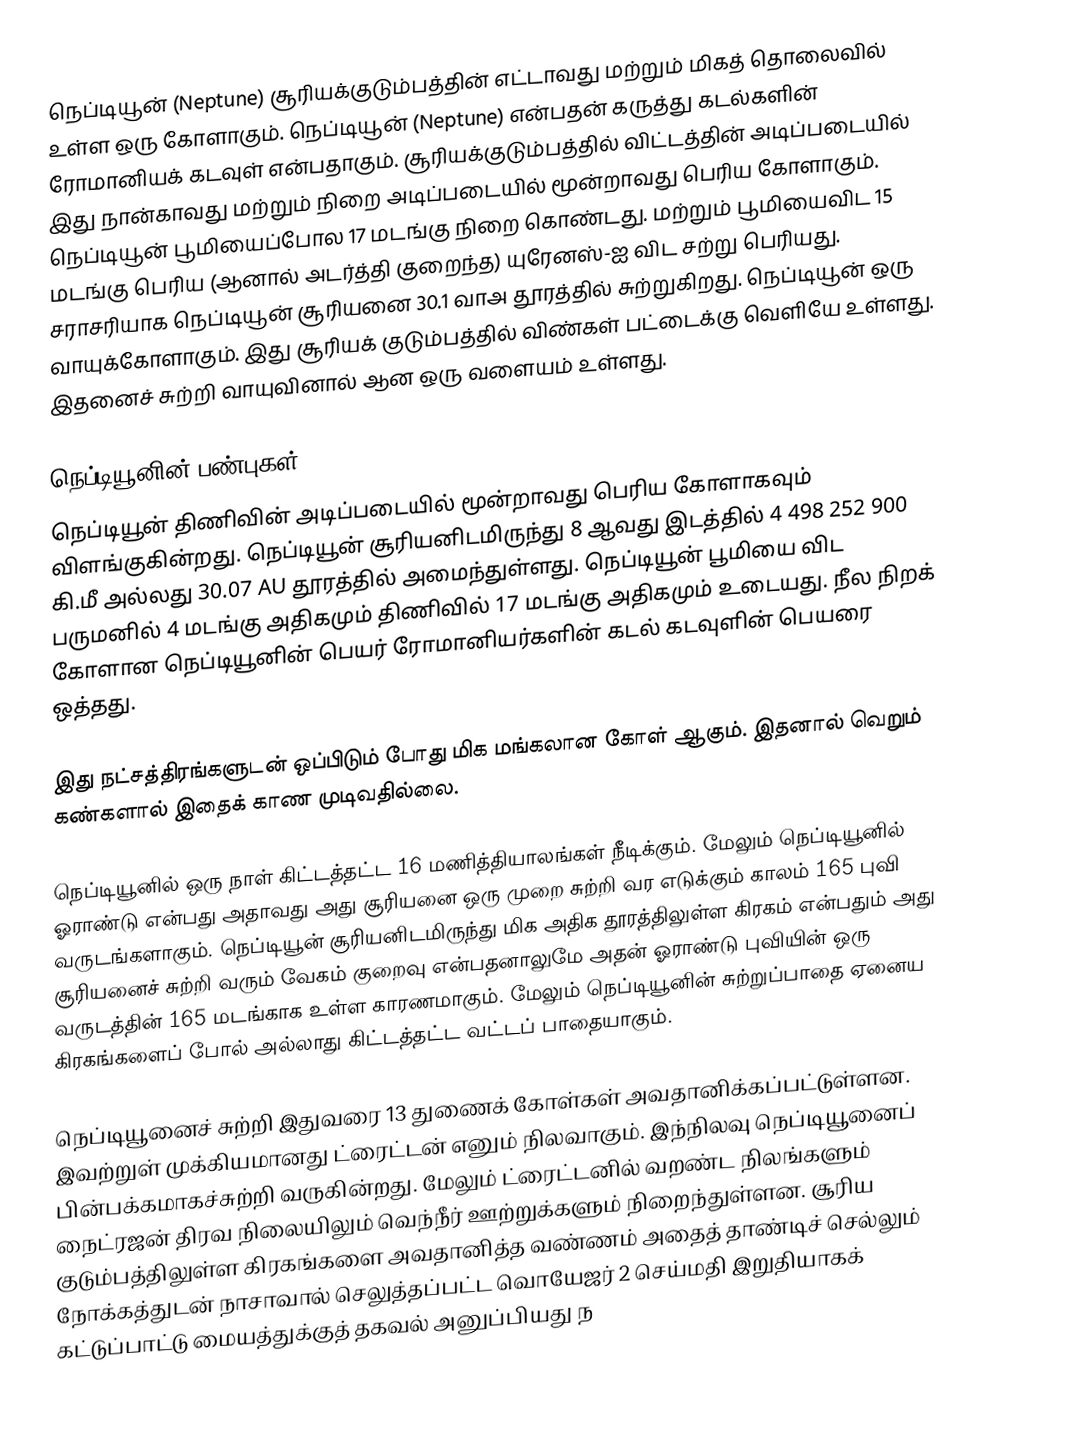
நெப்டியூன் (Neptune) சூரியக்குடும்பத்தின் எட்டாவது மற்றும் மிகத் தொலைவில் உள்ள ஒரு கோளாகும். நெப்டியூன் (Neptune) என்பதன் கருத்து கடல்களின் ரோமானியக் கடவுள் என்பதாகும். சூரியக்குடும்பத்தில் விட்டத்தின் அடிப்படையில்  இது நான்காவது மற்றும் நிறை அடிப்படையில் மூன்றாவது பெரிய கோளாகும். நெப்டியூன் பூமியைப்போல 17 மடங்கு நிறை கொண்டது. மற்றும் பூமியைவிட 15 மடங்கு பெரிய (ஆனால் அடர்த்தி குறைந்த) யுரேனஸ்-ஐ விட சற்று பெரியது. சராசரியாக நெப்டியூன் சூரியனை 30.1 வாஅ தூரத்தில் சுற்றுகிறது.  நெப்டியூன் ஒரு வாயுக்கோளாகும். இது சூரியக் குடும்பத்தில் விண்கள் பட்டைக்கு வெளியே உள்ளது. இதனைச் சுற்றி வாயுவினால் ஆன ஒரு வளையம் உள்ளது.

நெப்டியூனின் பண்புகள்
நெப்டியூன் திணிவின் அடிப்படையில் மூன்றாவது பெரிய கோளாகவும் விளங்குகின்றது. நெப்டியூன் சூரியனிடமிருந்து 8 ஆவது இடத்தில் 4 498 252 900 கி.மீ அல்லது 30.07 AU தூரத்தில் அமைந்துள்ளது. நெப்டியூன் பூமியை விட பருமனில் 4 மடங்கு அதிகமும் திணிவில் 17 மடங்கு அதிகமும் உடையது. நீல நிறக் கோளான நெப்டியூனின் பெயர் ரோமானியர்களின் கடல் கடவுளின் பெயரை ஒத்தது.

இது நட்சத்திரங்களுடன் ஒப்பிடும் போது மிக மங்கலான கோள் ஆகும். இதனால் வெறும் கண்களால் இதைக் காண முடிவதில்லை.

நெப்டியூனில் ஒரு நாள் கிட்டத்தட்ட 16 மணித்தியாலங்கள் நீடிக்கும். மேலும் நெப்டியூனில் ஓராண்டு என்பது அதாவது அது சூரியனை ஒரு முறை சுற்றி வர எடுக்கும் காலம் 165 புவி வருடங்களாகும். நெப்டியூன் சூரியனிடமிருந்து மிக அதிக தூரத்திலுள்ள கிரகம் என்பதும் அது சூரியனைச் சுற்றி வரும் வேகம் குறைவு என்பதனாலுமே அதன் ஓராண்டு புவியின் ஒரு வருடத்தின் 165 மடங்காக உள்ள காரணமாகும். மேலும் நெப்டியூனின் சுற்றுப்பாதை ஏனைய கிரகங்களைப் போல் அல்லாது கிட்டத்தட்ட வட்டப் பாதையாகும்.

நெப்டியூனைச் சுற்றி இதுவரை 13 துணைக் கோள்கள் அவதானிக்கப்பட்டுள்ளன. இவற்றுள் முக்கியமானது ட்ரைட்டன் எனும் நிலவாகும். இந்நிலவு நெப்டியூனைப் பின்பக்கமாகச்சுற்றி வருகின்றது. மேலும் ட்ரைட்டனில் வறண்ட நிலங்களும் நைட்ரஜன் திரவ நிலையிலும் வெந்நீர் ஊற்றுக்களும் நிறைந்துள்ளன. சூரிய குடும்பத்திலுள்ள கிரகங்களை அவதானித்த வண்ணம் அதைத் தாண்டிச் செல்லும் நோக்கத்துடன் நாசாவால் செலுத்தப்பட்ட வொயேஜர் 2 செய்மதி இறுதியாகக் கட்டுப்பாட்டு மையத்துக்குத் தகவல் அனுப்பியது ந